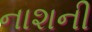
નાશની